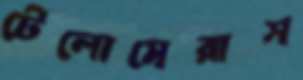
টেলোমেরাস